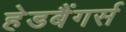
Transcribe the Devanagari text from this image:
हेडबैंगर्स